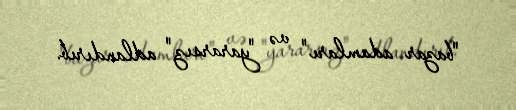
"bazar adamları" və "yararsız" adlandırıb.